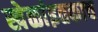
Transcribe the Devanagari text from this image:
खेळांइतकाच